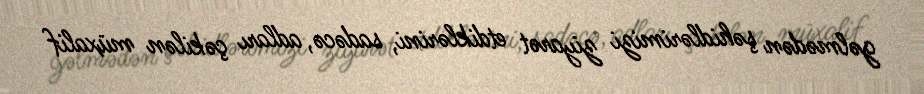
gəlmədən şəhidlərimizi ziyarət etdiklərini, sadəcə, adları çəkilən müxalif